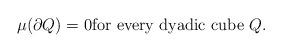
LaTeX: \begin{align*}\mu (\partial Q) = 0 \mbox{for every dyadic cube $Q$.}\end{align*}